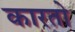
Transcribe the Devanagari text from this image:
कारतो